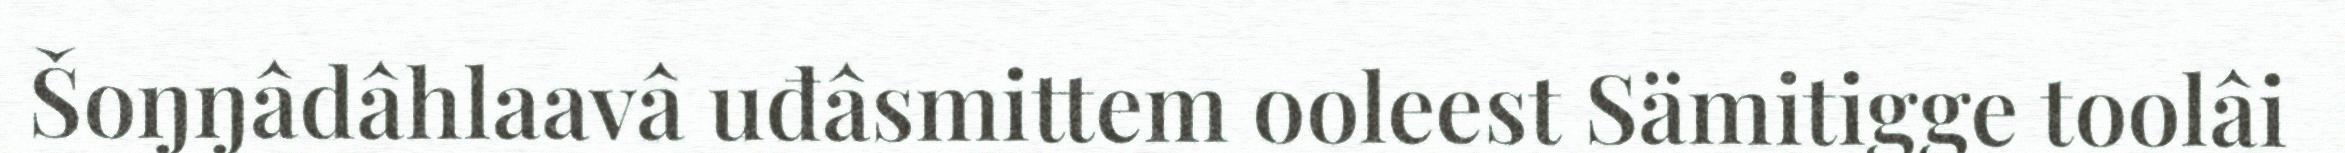
Šoŋŋâdâhlaavâ uđâsmittem ooleest Sämitigge toolâi